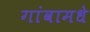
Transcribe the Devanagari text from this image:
गांवामधे